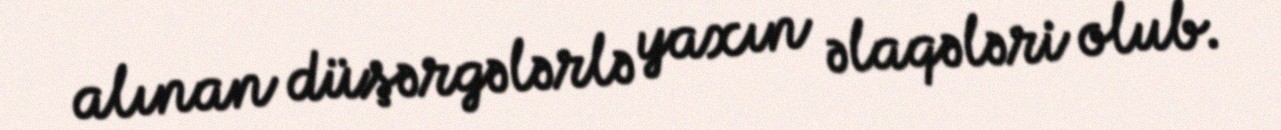
alınan düşərgələrlə yaxın əlaqələri olub.